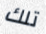
تلك